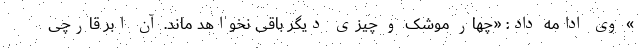
» وی ادامه داد: «چهار موشک و چیزی دیگر باقی نخواهد ماند. آن ابر قارچی